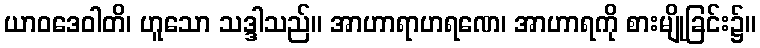
ယာဝဒေဝါတိ၊ ဟူသော သဒ္ဒါသည်။ အာဟာရာဟရဏေ၊ အာဟာရကို စားမျိုခြင်း၌။